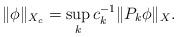
LaTeX: \begin{align*}\|\phi\|_{X_c} = \sup_k c_k^{-1} \| P_{k} \phi\|_{X}.\end{align*}